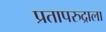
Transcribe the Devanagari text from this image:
प्रतापरुद्राला